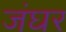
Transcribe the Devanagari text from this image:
जंघर